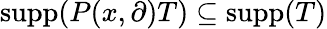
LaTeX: \operatorname{supp}(P(x,\partial)T)\subseteq\operatorname{supp}(T)